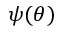
\psi ( \theta )